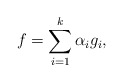
\begin{align*}f = \sum_{i=1}^k\alpha_ig_i,\end{align*}